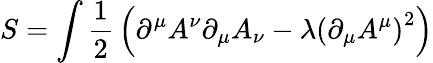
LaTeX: S=\int{\frac{1}{2}}\left(\partial^{\mu}A^{\nu}\partial_{\mu}A_{\nu}-\lambda\left(\partial_{\mu}A^{\mu}\right)^{2}\right)